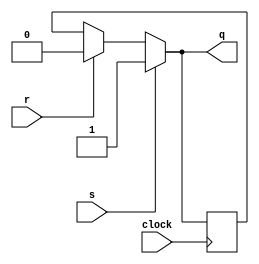
module rslatch (
    input clock,
    input s,    // set
    input r,    // reset
    output reg [WIDTH-1:0] q  // output
);

parameter PRIO_SET = 1; // set is "stronger" by default
parameter WIDTH = 1;

reg [WIDTH-1:0] val_reg;

always @(*) begin
	if (PRIO_SET)
		if (s)
			q = 1;
		else if (r)
			q = 0;
		else
			q = val_reg;
	else
		if (r)
			q = 0;
		else if (s)
			q = 1;
		else
			q = val_reg;

end

always @(posedge clock) begin
    val_reg <= q;
end

endmodule